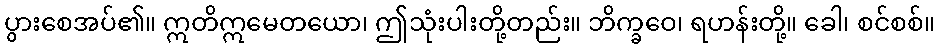
ပွားစေအပ်၏။ ဣတိဣမေတယော၊ ဤသုံးပါးတို့တည်း။ ဘိက္ခဝေ၊ ရဟန်းတို့။ ခေါ၊ စင်စစ်။